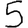
Digit: 5